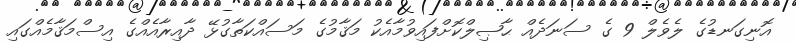
އޮނިގަނޑުގެ ލެވެލް 9 ގެ ސަނަދެއް ޙާޞިލްކޮށްފައިވުމާއެކު މަޤާމުގެ މަސައްކަތާގުޅޭ ދާއިރާއެއްގެ އިސްމަޤާމެއްގައި